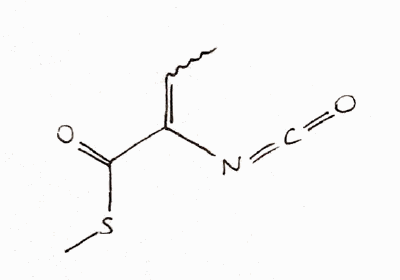
Simplified molecular-input line-entry system (SMILES) notation of the given molecule:
CC=C(C(=O)SC)N=C=O